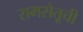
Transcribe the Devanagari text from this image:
रामसेतूची